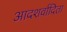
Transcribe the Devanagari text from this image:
आदशर्वादिता